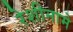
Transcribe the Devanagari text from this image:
रेशीनामे